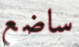
ساضع